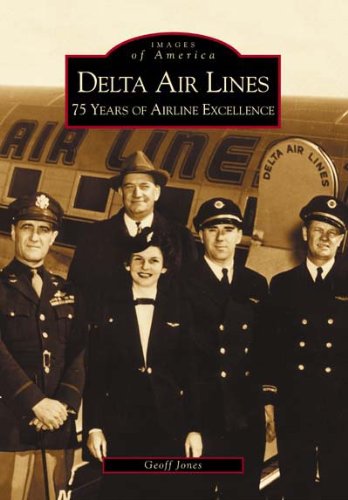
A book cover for Delta Air Lines: 75 Years of Airline Excellence (Images of  Aviation: Georgia); Geoff Jones; Arts & Photography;